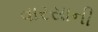
વારસાની